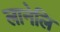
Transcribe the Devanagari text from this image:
लानेलि